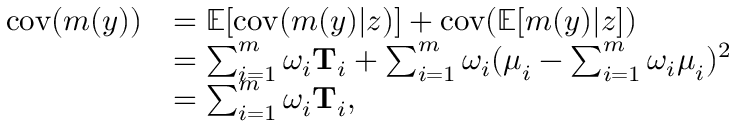
\begin{array} { r l } { \mathrm { c o v } ( m ( y ) ) } & { = \mathbb { E } [ \mathrm { c o v } ( m ( y ) \vert z ) ] + \mathrm { c o v } ( \mathbb { E } [ m ( y ) \vert z ] ) } \\ & { = \sum _ { i = 1 } ^ { m } \omega _ { i } \mathbf { T } _ { i } + \sum _ { i = 1 } ^ { m } \omega _ { i } ( \boldsymbol { \mu } _ { i } - \sum _ { i = 1 } ^ { m } \omega _ { i } \boldsymbol { \mu } _ { i } ) ^ { 2 } } \\ & { = \sum _ { i = 1 } ^ { m } \omega _ { i } \mathbf { T } _ { i } , } \end{array}